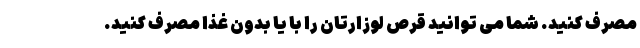
مصرف کنید. شما می توانید قرص لوزارتان را با یا بدون غذا مصرف کنید.